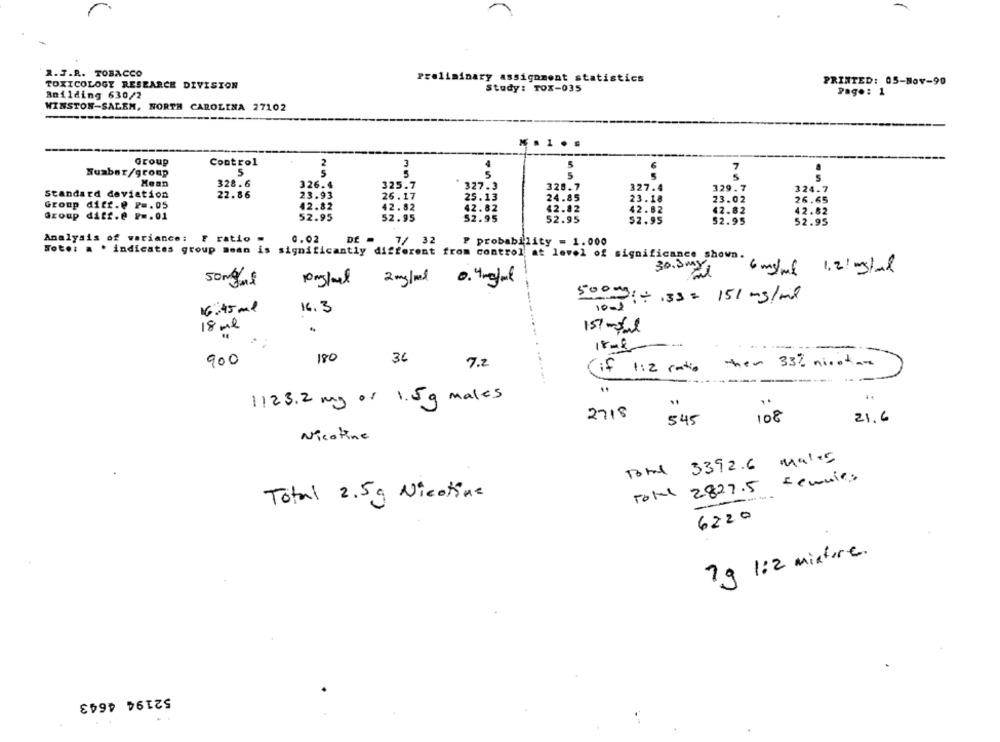
R.J.R. TOBACCO
Preliminary assignment statistics
PRINTED: 05-Nov-90
TOXICOLOGY RESEARCH DIVISION
Study: TOX-035
Building 630/2
Pago: 1
WINSTON-SALEM, NORTH CAROLINA 27102
.....
Group
Control
2
3
5
7
Husbar/group
5
S
5
5
5
Mean
328.6
326.4
325.7
328.7
327.4
Standard deviation
* 327.3
329.7
324.7
22.86
23.93
26. 17
25.13
24.85
23.18
23.02
26.65
Group ditt.@ P =. 05
42.82
42.82
42.82
42.82
Group diff.e Pm. 01
42.82
42.82
42.82
52.95
52.95
52.95
52.95
$2.95
52.95
52.95
Analysis of variance: F ratio
0.02
DE = 7/ 32
probability = 1.000
Foto: . * indicates group mean is significantly
different from control at level of significance shown.
6 mg/ml 1.21 mg/ml
50mgas
10mg/ml
2 mg/ml 0. 4mg/ml
5000
:+ 133 = 151 mg/ml
16:45 ml
16.3
10-
18 ml
151 mal
18-8-
900
180
36
7.2
then 33% nicetax
Cif 1:2 ratio
........
1123.2 mg of 1.5g males
2718
545
108
21.6
Nicotine
Total 3392.6 males
tennis
Total 2827.5
Total 2.5g Nicotine
6220
?g 1:2 mixture.
52194 4643